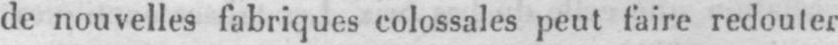
de nouvelles fabriques colossales peut faire redouter